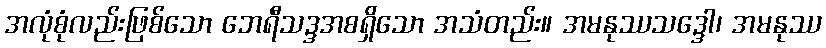
အလုံစုံလည်းဖြစ်သော ဘေရီသဒ္ဒအစရှိသော အသံတည်း။ အမနုဿသဒ္ဒေါ၊ အမနုဿ